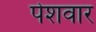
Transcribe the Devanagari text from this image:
पेशवार